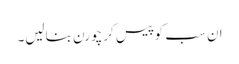
ان سب کو پیس کر چورن بنالیں۔